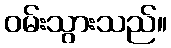
ဝမ်းသွားသည်။